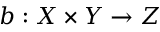
b : X \times Y \to Z